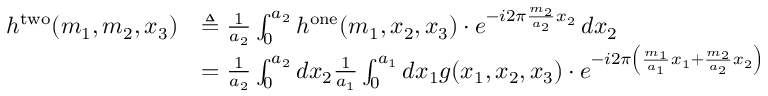
{ \begin{array} { r l } { h ^ { \mathrm { t w o } } ( m _ { 1 } , m _ { 2 } , x _ { 3 } ) } & { \triangleq { \frac { 1 } { a _ { 2 } } } \int _ { 0 } ^ { a _ { 2 } } h ^ { \mathrm { o n e } } ( m _ { 1 } , x _ { 2 } , x _ { 3 } ) \cdot e ^ { - i 2 \pi { \frac { m _ { 2 } } { a _ { 2 } } } x _ { 2 } } \, d x _ { 2 } } \\ & { = { \frac { 1 } { a _ { 2 } } } \int _ { 0 } ^ { a _ { 2 } } d x _ { 2 } { \frac { 1 } { a _ { 1 } } } \int _ { 0 } ^ { a _ { 1 } } d x _ { 1 } g ( x _ { 1 } , x _ { 2 } , x _ { 3 } ) \cdot e ^ { - i 2 \pi \left( { \frac { m _ { 1 } } { a _ { 1 } } } x _ { 1 } + { \frac { m _ { 2 } } { a _ { 2 } } } x _ { 2 } \right) } } \end{array} }